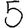
Digit: 5